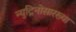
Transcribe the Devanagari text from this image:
न्युट्रिनोसारख्या